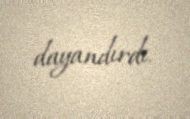
dayandırdı.